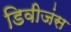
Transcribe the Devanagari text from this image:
डिवीजंस